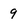
Character: 9